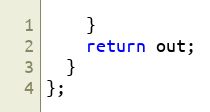
Language: C
    }
    return out;
  }
};